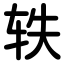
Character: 轶